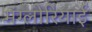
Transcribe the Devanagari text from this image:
मंग्लोरियाई